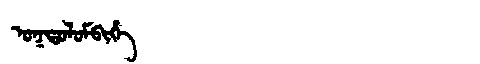
Manchu: ᠣᡴᡨᠣᠯᠣᠮᠪᡳᡥᡝ
Romanization: OKTOLOMBIHE